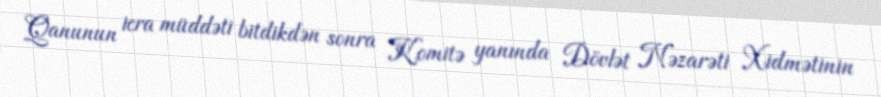
Qanunun icra müddəti bitdikdən sonra Komitə yanında Dövlət Nəzarəti Xidmətinin